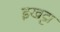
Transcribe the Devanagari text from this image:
इखट्टा